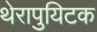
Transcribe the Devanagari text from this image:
थेरापुयिटक